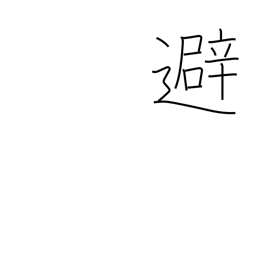
Meaning: avoid